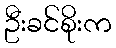
ဦးခင်စိုးက